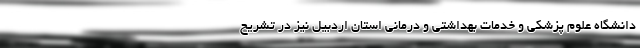
دانشگاه علوم پزشکی و خدمات بهداشتی و درمانی استان اردبیل نیز در تشریح